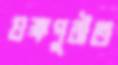
যক্ষপুরীত